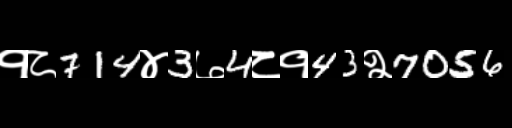
Text: १८714४3७4८१43२7056